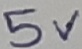
Text: 5V